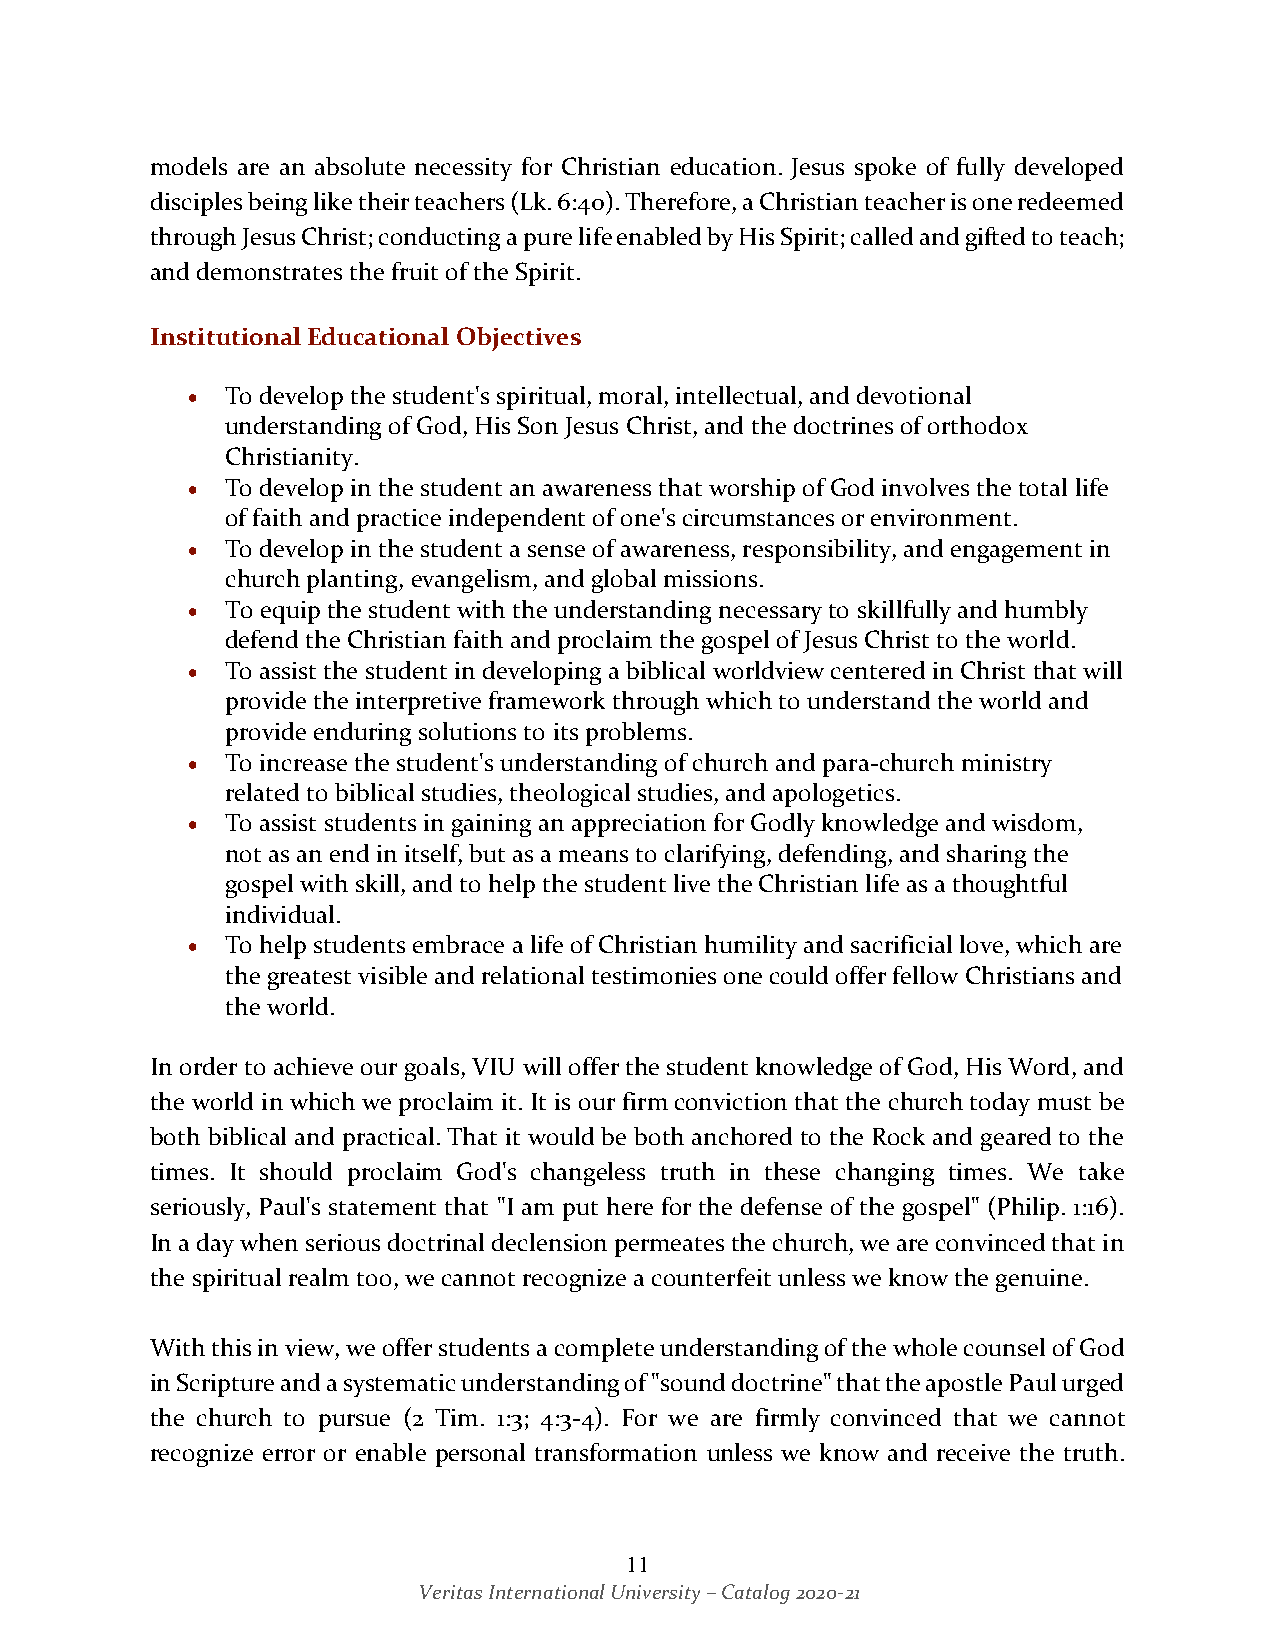
models are an absolute necessity for Christian education. Jesus spoke of fully developed
 disciples being like their teachers (Lk. 6:40). Therefore, a Christian teacher is one redeemed
 through Jesus Christ; conducting a pure life enabled by His Spirit; called and gifted to teach;
 and demonstrates the fruit of the Spirit.
 Institutional Educational Objectives
 •  To develop the student's spiritual, moral, intellectual, and devotional
 understanding of God, His Son Jesus Christ, and the doctrines of orthodox
 Christianity.
 •  To develop in the student an awareness that worship of God involves the total life
 of faith and practice independent of one's circumstances or environment.
 •  To develop in the student a sense of awareness, responsibility, and engagement in
 church planting, evangelism, and global missions.
 •  To equip the student with the understanding necessary to skillfully and humbly
 defend the Christian faith and proclaim the gospel of Jesus Christ to the world.
 •  To assist the student in developing a biblical worldview centered in Christ that will
 provide the interpretive framework through which to understand the world and
 provide enduring solutions to its problems.
 •  To increase the student's understanding of church and para-church ministry
 related to biblical studies, theological studies, and apologetics.
 •  To assist students in gaining an appreciation for Godly knowledge and wisdom,
 not as an end in itself, but as a means to clarifying, defending, and sharing the
 gospel with skill, and to help the student live the Christian life as a thoughtful
 individual.
 •  To help students embrace a life of Christian humility and sacrificial love, which are
 the greatest visible and relational testimonies one could offer fellow Christians and
 the world.
 In order to achieve our goals, VIU will offer the student knowledge of God, His Word, and
 the world in which we proclaim it. It is our firm conviction that the church today must be
 both biblical and practical. That it would be both anchored to the Rock and geared to the
 times. It should proclaim God's changeless truth in these changing times. We take
 seriously, Paul's statement that "I am put here for the defense of the gospel" (Philip. 1:16).
 In a day when serious doctrinal declension permeates the church, we are convinced that in
 the spiritual realm too, we cannot recognize a counterfeit unless we know the genuine.
 With this in view, we offer students a complete understanding of the whole counsel of God
 in Scripture and a systematic understanding of "sound doctrine" that the apostle Paul urged
 the church to pursue (2 Tim. 1:3; 4:3-4). For we are firmly convinced that we cannot
 recognize error or enable personal transformation unless we know and receive the truth.
 11
 Veritas International University – Catalog 2020-21